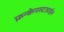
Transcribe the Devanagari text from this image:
फ्रन्केनस्टआईन